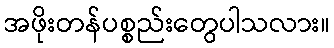
အဖိုးတန်ပစ္စည်းတွေပါသလား။